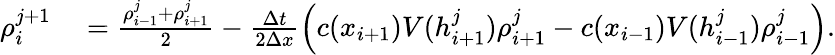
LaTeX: \begin{array}{rl}{\rho_{i}^{j+1}}&{{}=\frac{\rho_{i-1}^{j}+\rho_{i+1}^{j}}{2}-\frac{\Delta t}{2\Delta x}\left(c(x_{i+1})V(h_{i+1}^{j})\rho_{i+1}^{j}-c(x_{i-1})V(h_{i-1}^{j})\rho_{i-1}^{j}\right).}\end{array}